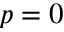
p = 0